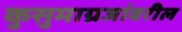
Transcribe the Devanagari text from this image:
कुसुमाग्रजांवरील